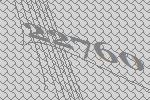
22760